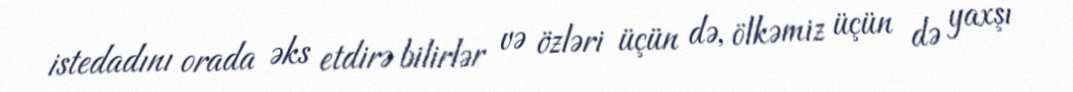
istedadını orada əks etdirə bilirlər və özləri üçün də, ölkəmiz üçün də yaxşı